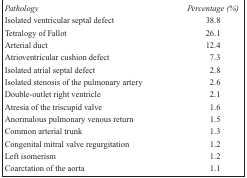
<table><thead><tr><td><b><i>Pathology</i></b></td><td><b><i>Percentage (%)</i></b></td></tr></thead><tbody><tr><td>Isolated ventricular septal defect</td><td>38.8</td></tr><tr><td>Tetralogy of Fallot</td><td>26.1</td></tr><tr><td>Arterial duct</td><td>12.4</td></tr><tr><td>Atrioventricular cushion defect</td><td>7.3</td></tr><tr><td>Isolated atrial septal defect</td><td>2.8</td></tr><tr><td>Isolated stenosis of the pulmonary artery</td><td>2.6</td></tr><tr><td>Double-outlet right ventricle</td><td>2.1</td></tr><tr><td>Atresia of the triscupid valve</td><td>1.6</td></tr><tr><td>Anormalous pulmonary venous return</td><td>1.5</td></tr><tr><td>Common arterial trunk</td><td>1.3</td></tr><tr><td>Congenital mitral valve regurgitation</td><td>1.2</td></tr><tr><td>Left isomerism</td><td>1.2</td></tr><tr><td>Coarctation of the aorta</td><td>1.1</td></tr></tbody></table>